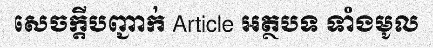
សេចក្តីបញ្ជាក់ Article អត្ថបទ ទាំងមូល